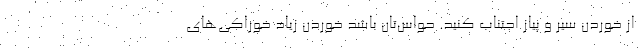
از خوردن سیر و پیاز اجتناب کنید. حواس‌تان باشد خوردن زیاد خوراکی‌های